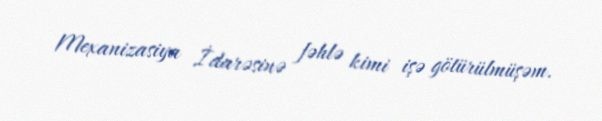
Mexanizasiya İdarəsinə fəhlə kimi işə götürülmüşəm.